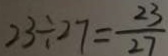
2 3 \div 2 7 = \frac { 2 3 } { 2 7 }